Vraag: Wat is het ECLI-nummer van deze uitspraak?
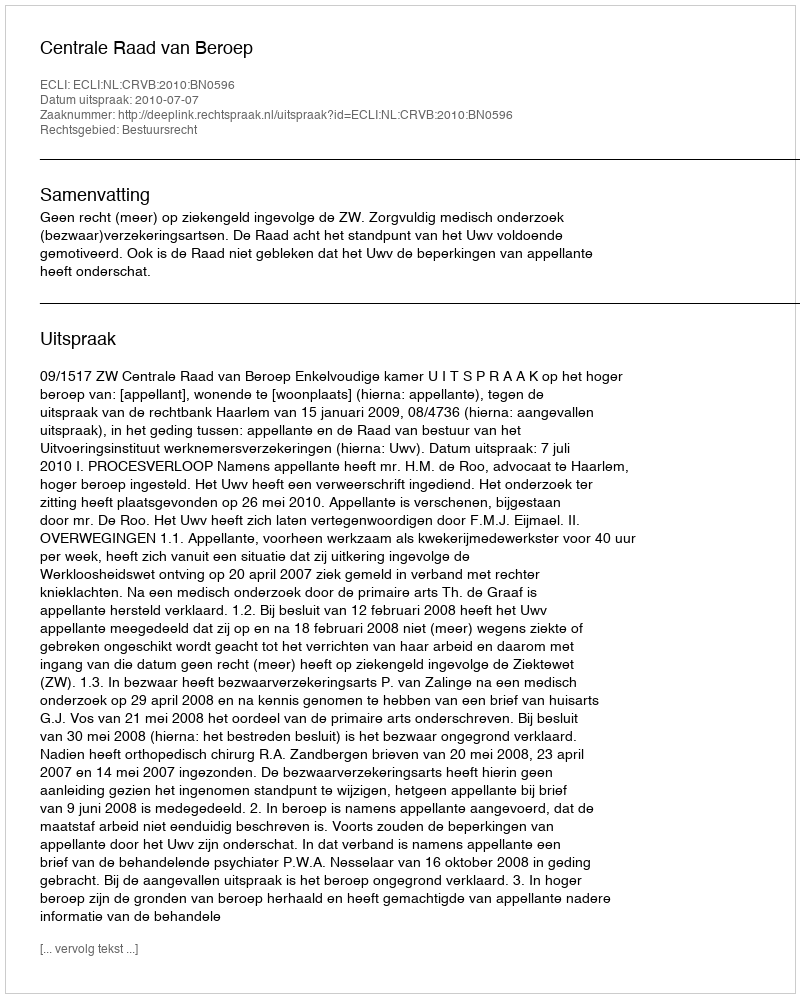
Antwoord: ECLI:NL:CRVB:2010:BN0596